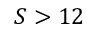
S > 1 2